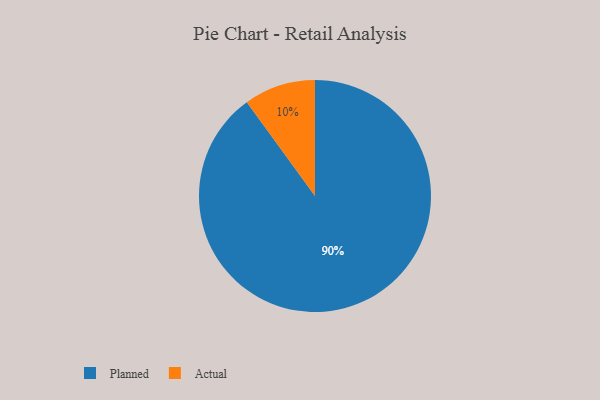
{"axis": {"x": "Category", "y": "Percentage"}, "legend": ["Actual", "Planned"], "data": [{"x": "Planned", "y": 90, "type": "Planned"}, {"x": "Actual", "y": 10, "type": "Actual"}]}